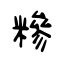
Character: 糝